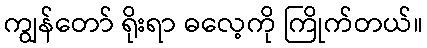
ကျွန်တော် ရိုးရာ ဓလေ့ကို ကြိုက်တယ်။